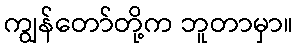
ကျွန်တော်တို့က ဘူတာမှာ။